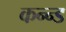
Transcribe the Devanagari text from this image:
कन्न्ड